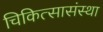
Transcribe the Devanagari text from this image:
चिकित्सासंस्था